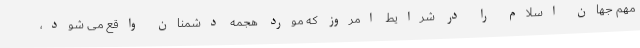
مهم جهان اسلام را در شرایط امروز که مورد هجمه دشمنان واقع می شود،